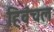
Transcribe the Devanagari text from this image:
हिवंचल